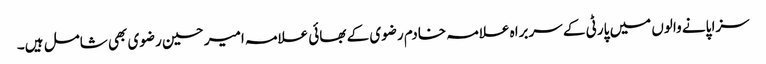
سزا پانے والوں میں پارٹی کے سربراہ علامہ خادم رضوی کے بھائی علامہ امیر حسین رضوی بھی شامل ہیں۔